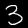
Digit: 3